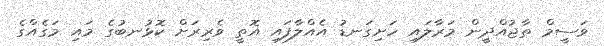
ވަސީމް ތާޖުއްދީން މަރާލައި ހަށިގަނޑު އެއްލާފައި އޮތީ ވެރިރަށް ކޮޅުނބުގެ މައި މަގެއްގެ